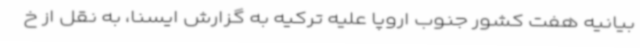
بیانیه هفت کشور جنوب اروپا علیه ترکیه به گزارش ایسنا، به نقل از خ